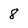
Character: 8